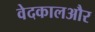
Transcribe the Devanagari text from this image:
वेदकालऔर